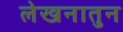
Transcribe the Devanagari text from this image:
लेखनातुन